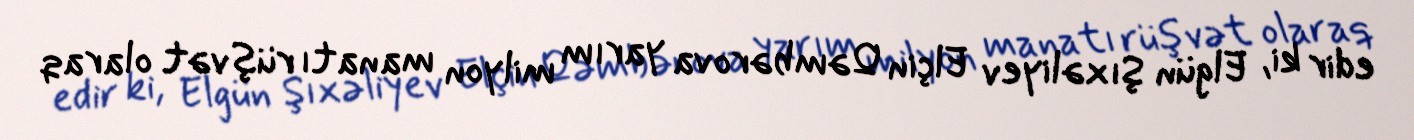
edir ki, Elgün Şıxəliyev Elçin Qəmbərova yarım milyon manatı rüşvət olaraq